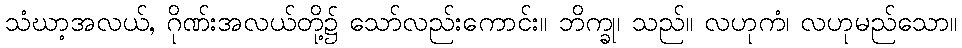
သံဃာ့အလယ်, ဂိုဏ်းအလယ်တို့၌ သော်လည်းကောင်း။ ဘိက္ခု၊ သည်။ လဟုကံ၊ လဟုမည်သော။